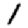
Digit: 1